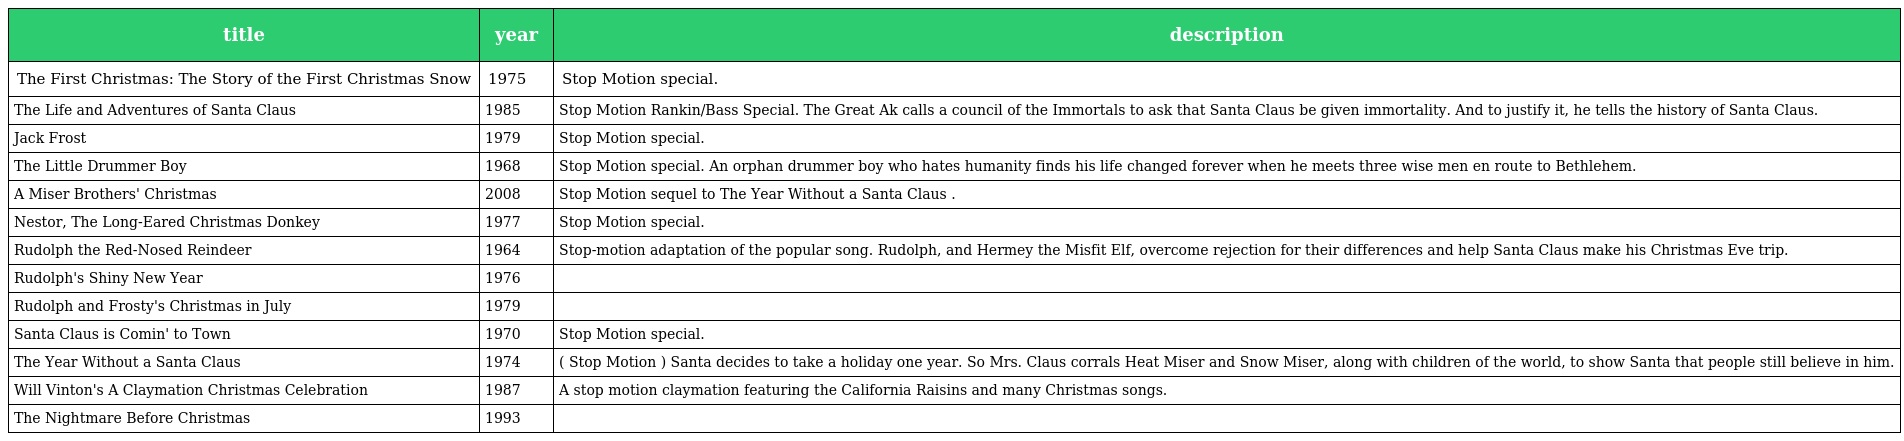
| title | year | description |
 | --- | --- | --- |
 | The First Christmas: The Story of the First Christmas Snow | 1975 | Stop Motion special. |
 | The Life and Adventures of Santa Claus | 1985 | Stop Motion Rankin/Bass Special. The Great Ak calls a council of the Immortals to ask that Santa Claus be given immortality. And to justify it, he tells the history of Santa Claus. |
 | Jack Frost | 1979 | Stop Motion special. |
 | The Little Drummer Boy | 1968 | Stop Motion special. An orphan drummer boy who hates humanity finds his life changed forever when he meets three wise men en route to Bethlehem. |
 | A Miser Brothers' Christmas | 2008 | Stop Motion sequel to The Year Without a Santa Claus . |
 | Nestor, The Long-Eared Christmas Donkey | 1977 | Stop Motion special. |
 | Rudolph the Red-Nosed Reindeer | 1964 | Stop-motion adaptation of the popular song. Rudolph, and Hermey the Misfit Elf, overcome rejection for their differences and help Santa Claus make his Christmas Eve trip. |
 | Rudolph's Shiny New Year | 1976 |  |
 | Rudolph and Frosty's Christmas in July | 1979 |  |
 | Santa Claus is Comin' to Town | 1970 | Stop Motion special. |
 | The Year Without a Santa Claus | 1974 | ( Stop Motion ) Santa decides to take a holiday one year. So Mrs. Claus corrals Heat Miser and Snow Miser, along with children of the world, to show Santa that people still believe in him. |
 | Will Vinton's A Claymation Christmas Celebration | 1987 | A stop motion claymation featuring the California Raisins and many Christmas songs. |
 | The Nightmare Before Christmas | 1993 |  |